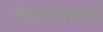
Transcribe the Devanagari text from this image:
मंत्रप्रयोगकर्ता